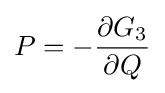
P=-{\frac {\partial G_{3}}{\partial Q}}